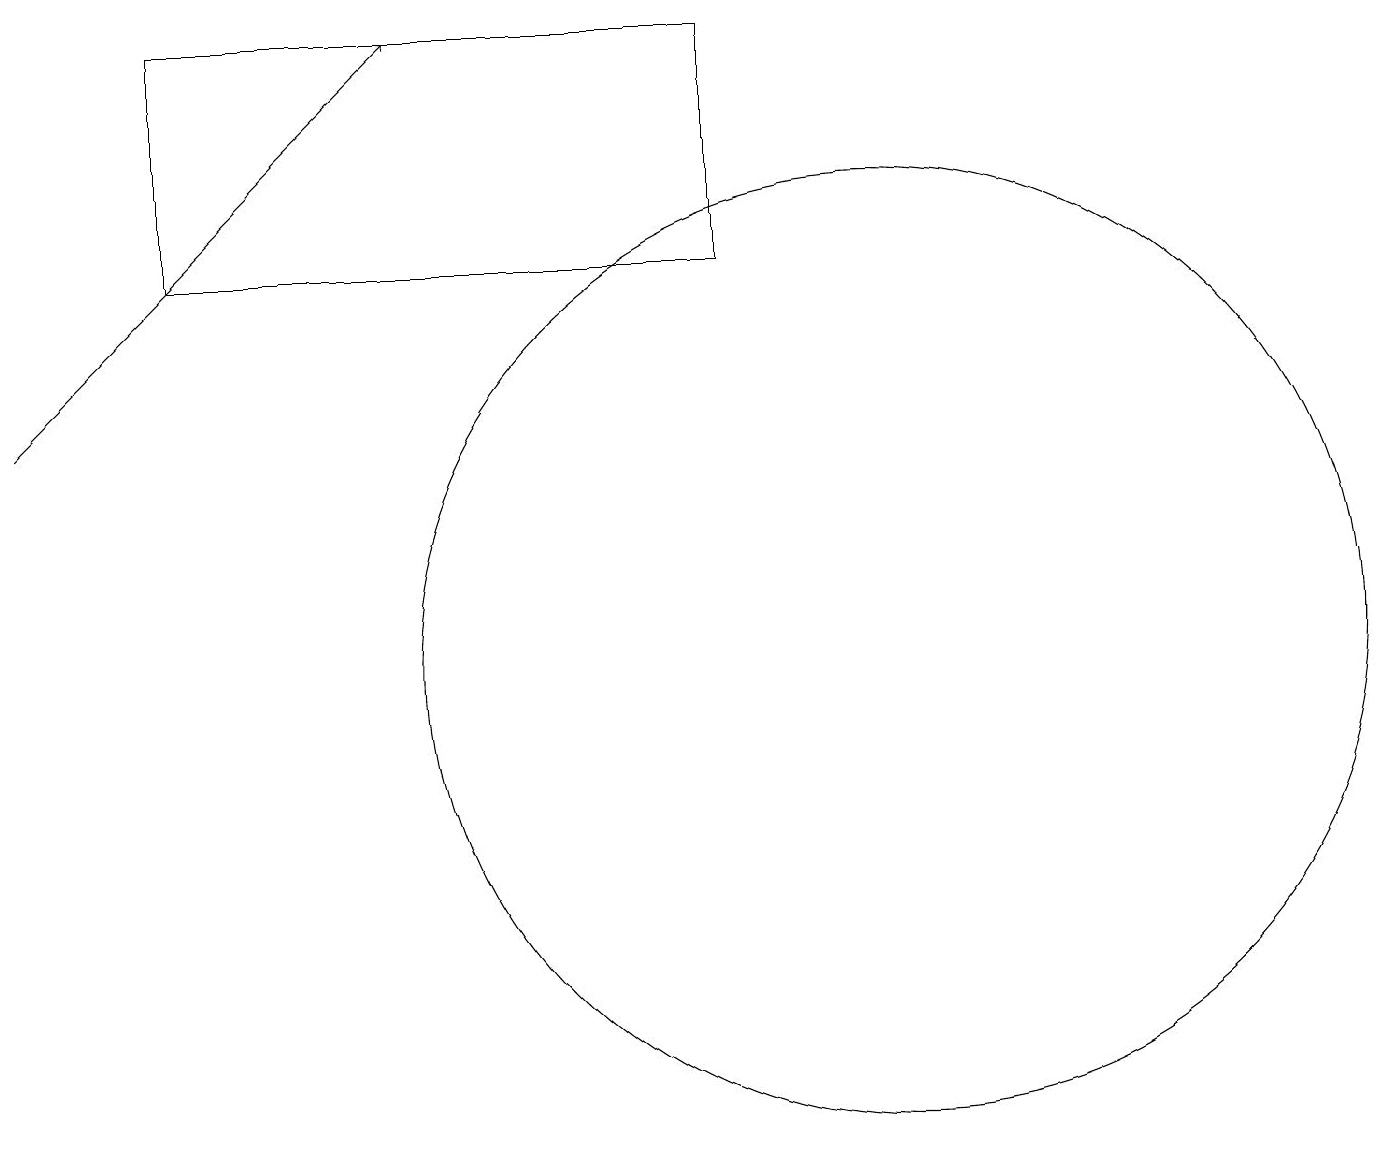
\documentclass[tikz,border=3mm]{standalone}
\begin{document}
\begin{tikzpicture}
\draw (11,10) circle (6);
\draw (2,18) rectangle (9,15);
\draw[->] (0,13) -- (5,18);
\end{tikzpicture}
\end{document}